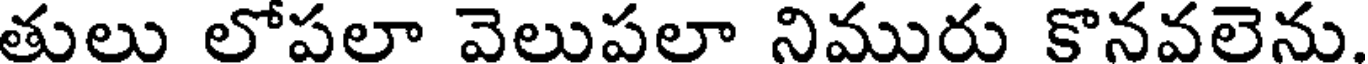
తులు లోపలా వెలుపలా నిమురు కొనవలెను.